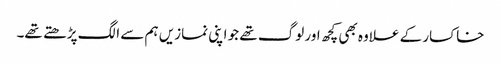
خاکسار کے علاوہ بھی کچھ اور لوگ تھے جو اپنی نمازیں ہم سے الگ پڑھتے تھے۔